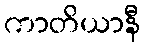
ကာတိယာနီ